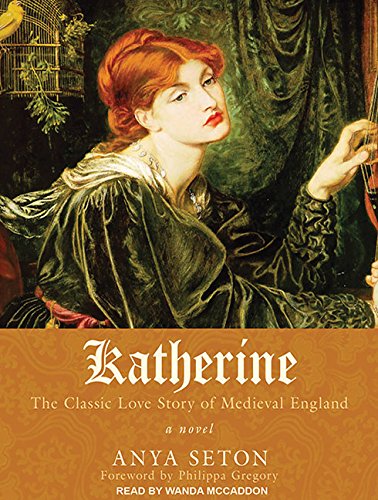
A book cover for Katherine: A Novel; Anya Seton; Literature & Fiction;